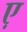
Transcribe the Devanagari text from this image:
ए़